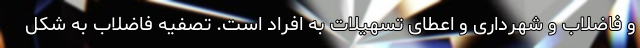
و فاضلاب و شهرداری و اعطای تسهیلات به افراد است. تصفیه فاضلاب به شکل